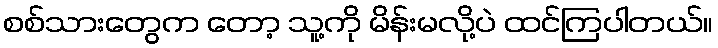
စစ်သားတွေက တော့ သူ့ကို မိန်းမလို့ပဲ ထင်ကြပါတယ်။